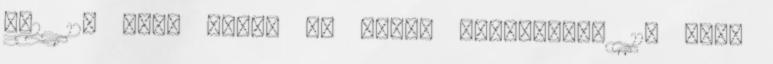
7–2 12. perc Újabb jó győri védekezés. 11. perc